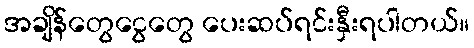
အချိန်တွေငွေတွေ ပေးဆပ်ရင်းနှီးရပါတယ်။